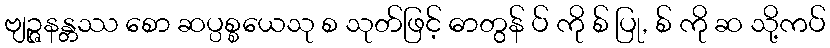
ဗျဉ္ဇနန္တဿ စော ဆပ္ပစ္စယေသု စ သုတ်ဖြင့် ဓာတွန် ပ် ကို စ် ပြု, စ် ကို ဆ သို့ကပ်